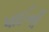
પાઈની